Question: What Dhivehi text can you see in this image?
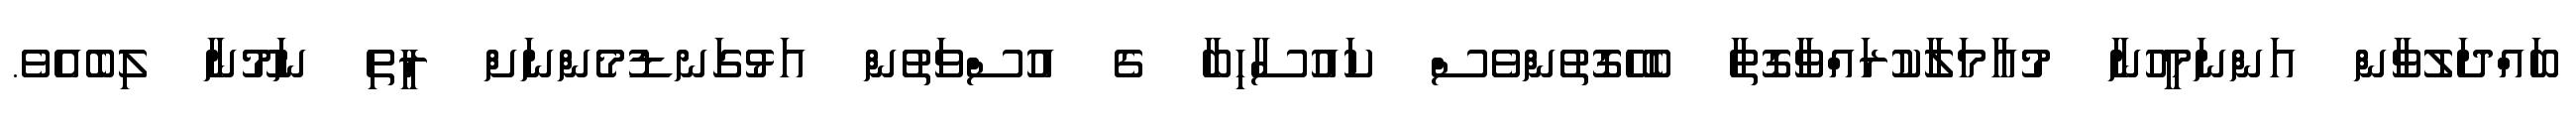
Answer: ބައްދަލުވާން އަންނަމީހުނާ މުޢާމަލާކުރައްވާގޮތާ ބެހޭގޮތުންވެސް ކައުސާހިބާ ގެ އުސްވަތުން އަޅުގަނޑުމެންނަށް ރީތި ނަމޫނާ ލިބެއެވެ.